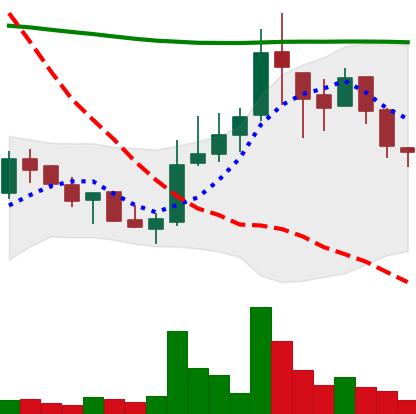
Ticker: LINK-USD
Chart end date: 2018-08-05
Forward return: 8.183%
Label: up_7plus